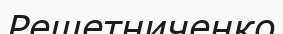
Решетниченко